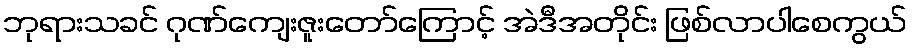
ဘုရားသခင် ဂုဏ်ကျေးဇူးတော်ကြောင့် အဲဒီအတိုင်း ဖြစ်လာပါစေကွယ်